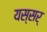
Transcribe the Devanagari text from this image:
यस्सर्